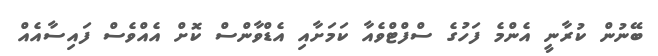
ބޭނުން ކުރާނީ އެންމެ ފަހުގެ ސްފްޓްވެއާ ކަމަށާއި އެޑްވާންސް ކޮށް އެއްވެސް ފައިސާއެއް